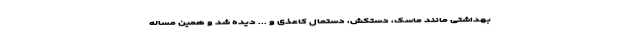
بهداشتی مانند ماسک، دستکش، دستمال‌ کاعذی و ... دیده شد و همین مساله